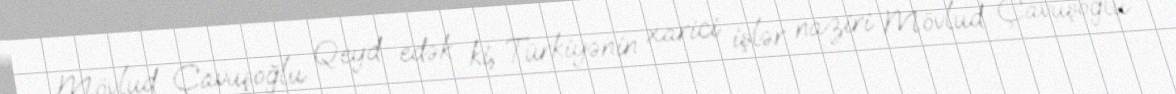
Mövlud Çavuşoğlu Qeyd edək ki, Türkiyənin xarici işlər naziri Mövlud Çavuşoğlu